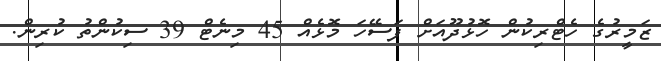
ޒަމީރުގެ ހެޓްރިކުން ހޮޅުދޫއަށް ފަސޭހަ މޮޅެއް 45 މިނެޓް 39 ސިކުންތު ކުރިން.